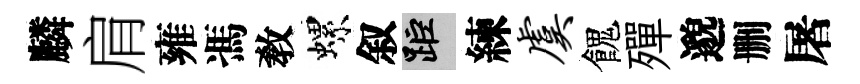
麟肩雍馮敎螺叙距練虞餽殫邈删屠